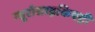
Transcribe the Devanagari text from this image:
न्यूरोसाइकिएट्री